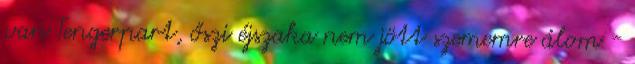
van Tengerpart, őszi éjszaka nem jött szememre álom -